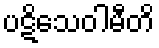
ပဋိသေဝါမီတိ